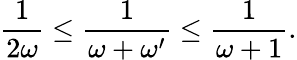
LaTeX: \frac{1}{2\omega}\leq\frac{1}{\omega+\omega^{\prime}}\leq\frac{1}{\omega+1}.